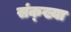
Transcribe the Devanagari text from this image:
संक्ख्या